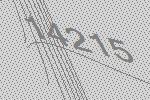
14215